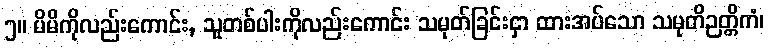
၅။ မိမိကိုလည်းကောင်း, သူတစ်ပါးကိုလည်းကောင်း သမုတ်ခြင်းငှာ ထားအပ်သော သမုတိဉတ္တိကံ၊